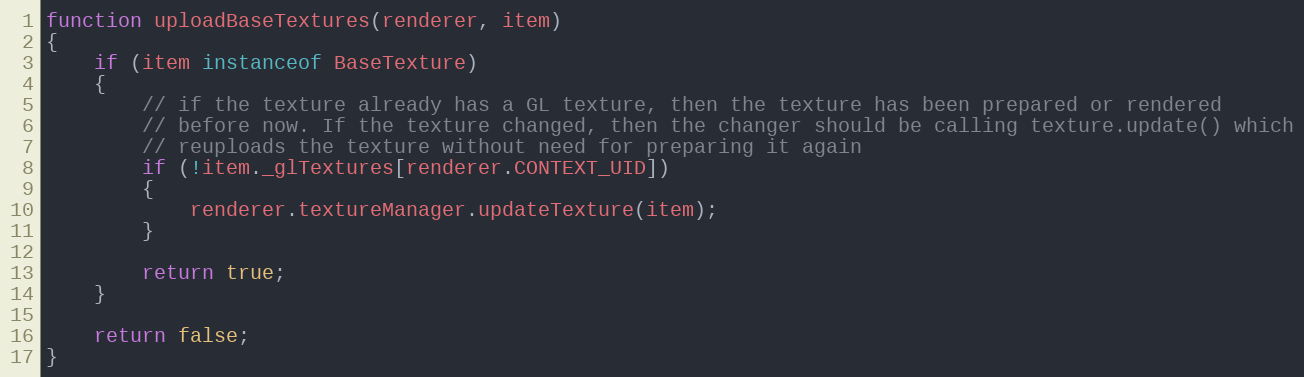
Language: JavaScript
function uploadBaseTextures(renderer, item)
{
    if (item instanceof BaseTexture)
    {
        // if the texture already has a GL texture, then the texture has been prepared or rendered
        // before now. If the texture changed, then the changer should be calling texture.update() which
        // reuploads the texture without need for preparing it again
        if (!item._glTextures[renderer.CONTEXT_UID])
        {
            renderer.textureManager.updateTexture(item);
        }

        return true;
    }

    return false;
}